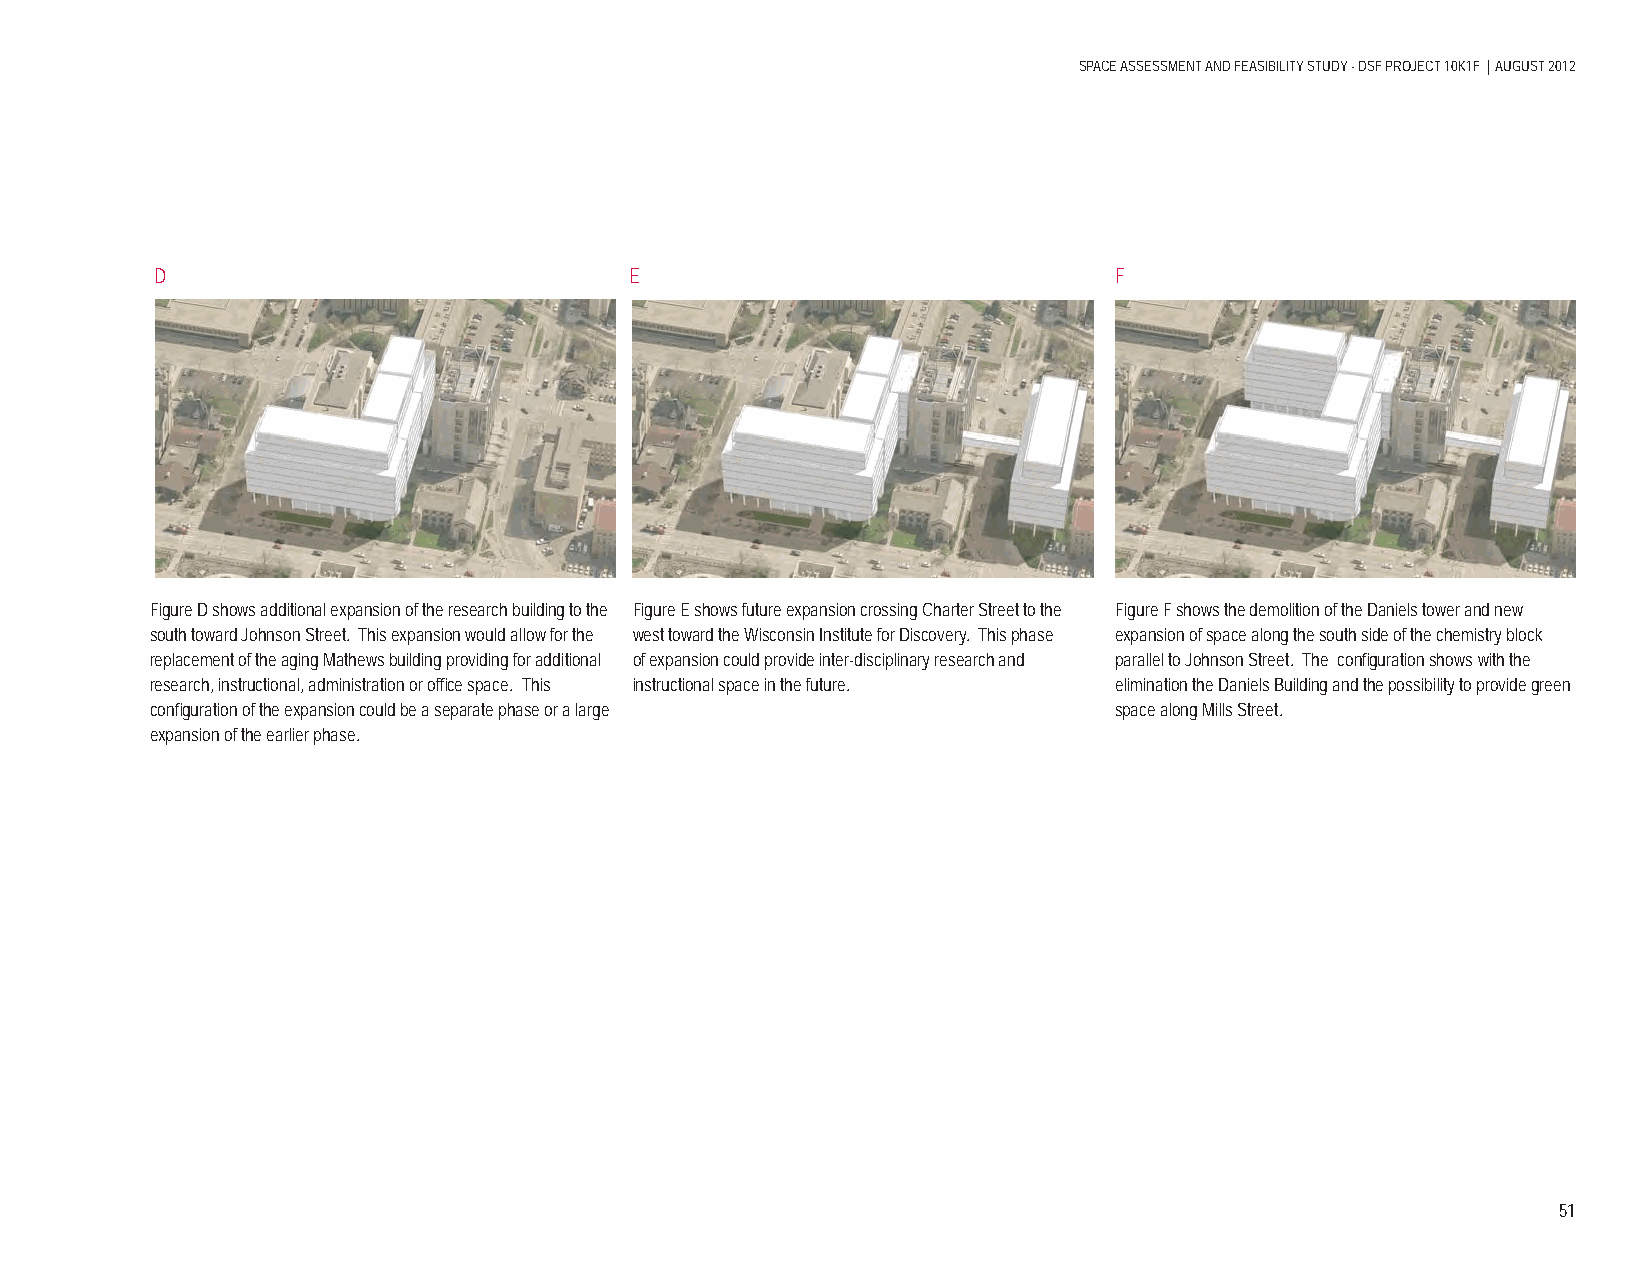
SPACE ASSESSMENT AND FEASIBILITY STUDY - DSF PROJECT 10K1F | AUGUST 2012
 D                               E                               F
 Figure D shows additional expansion of the research building to the Figure E shows future expansion crossing Charter Street to the Figure F shows the demolition of the Daniels tower and new
 south toward Johnson Street. This expansion would allow for the west toward the Wisconsin Institute for Discovery. This phase expansion of space along the south side of the chemistry block
 replacement of the aging Mathews building providing for additional of expansion could provide inter-disciplinary research and parallel to Johnson Street. The confi guration shows with the
 research, instructional, administration or offi ce space. This instructional space in the future. elimination the Daniels Building and the possibility to provide green
 confi guration of the expansion could be a separate phase or a large space along Mills Street.
 expansion of the earlier phase.
 51